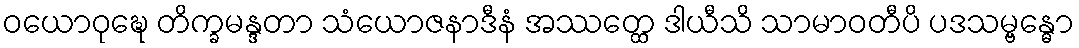
ဝယောဝုဍ္ဎေ တိက္ခမန္ဒတာ သံယောဇနာဒီနံ အဿတ္ထေ ဒါယီသိ သာမာဝတီပိ ပဒသမ္ဗန္ဓော